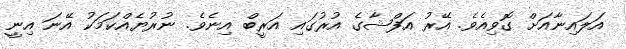
އަލައިނާއަށް ގޮވިއެވެ. އޭރު އަފްޝާގެ އުރުގައި އަރީބް އިނެވެ. ނުރުޔެއްކަމަކު އޭނަ އިނީ